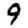
Digit: 9